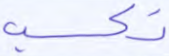
تكسب